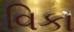
વિકા